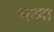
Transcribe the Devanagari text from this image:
भव्‍या